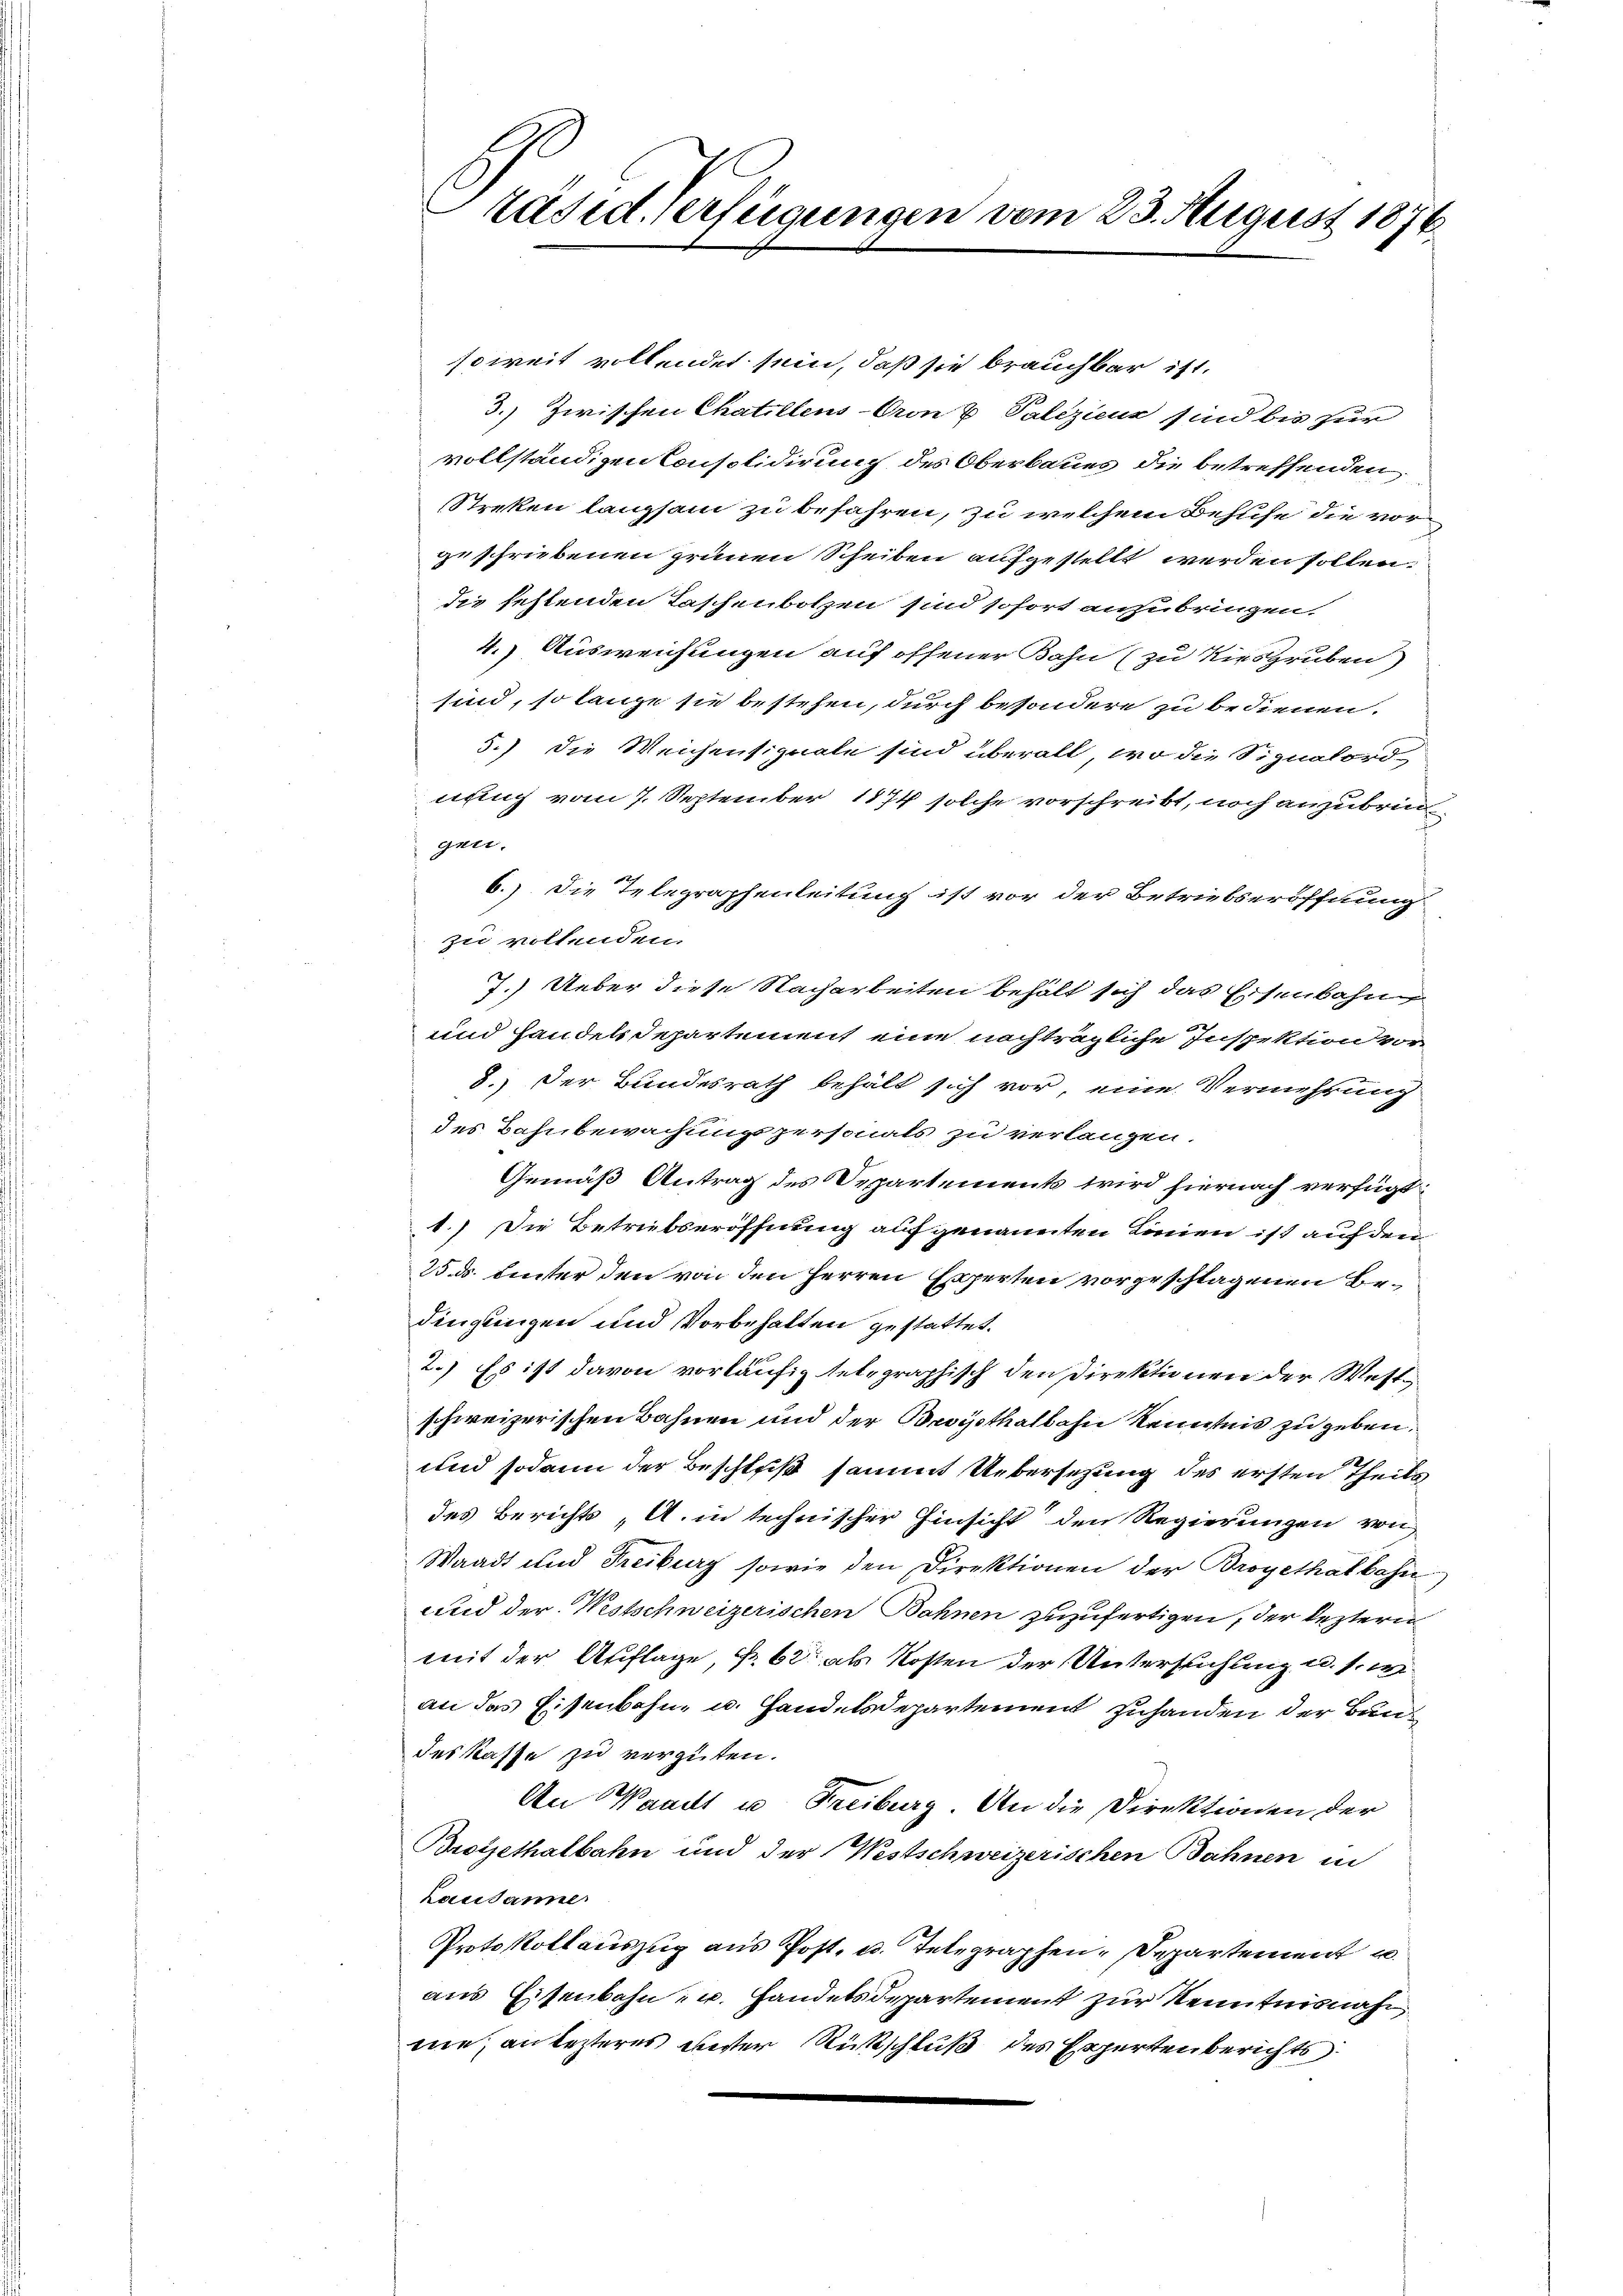
räsid. Verfügungen vom 23. August 1876

soweit vollendet sein, daß sie brauchbar ist.
3.) Zwischen Chatillens Cron v. Palizienz sind bis zur
vollständigen Consolidirung des Oberbaues die betreffenden
Streken langsam zu befahren, zu welchem Behufe die vorgeschriebenen grünen Scheiben aufgestellt werden sollen:
die fehlenden Taschenbotzen sind sofort anzubringen.
4.) Ausweichungen auf offener Bahn (zu Kiesgruben)
sind, so lange sie bestehen, durch besondere zu bedienen.
5.) Die Weichensignale sind überall, wo die Signalord-
nung vom 7. September 1874 solche vorschreibt, noch anzubringer.
6.) Die Telegraphenleitung ist vor der Betriebseröffnung
zu vollenden
7.) Ueber diese Nacharbeiten behält sich das Eisenbahn
und handels Departement eine nachträgliche Inspektion vor¬
8.) Der Bundesrath behält sich vor, eine Vermehrung
des Bahnbewachungspersonals zu verlangen.
Gemäß Antrag des Departements wird hiernach verfügt:
1.) Die Betriebseröffnung auf genannten Linien ist auf den
25. ds. hinter den von den Herren Experten vorgeschlagenen Bedingungen und Vorbehalten gestattet.
2.) Es ist davon vorläufig telegraphisch den Direktionen der Westh
schweizerischen Bahnen und der Brogothalbahn Kenntnis zu geben.
p
und sodann der Beschluß sammt Uebersetzung des ersten Theils
des Berichts A. in technischer Hinsicht den Regierungen von
Waadt und Freiburg sowie den Direktionen der Broyethalbahn
und der Westschweizerischen Bahnen zuzufertigen, der lezteren
mit der Auflage, N. 62 als Kosten der Untersuchung u. s. w
an das Eisenbahn- u. Handelsdepartement zuhanden der Bundes Kasse zu vergüten.
An Waadt u Freiburg. An die Direktionen der
Brötjethalbahn und der Westschweizerischen Bahnen in
Lausanne
Protokollauszug aus Post- u. Telegraphen-Departement u.
aus Eisenbahn- u. Handelsdepartement zur Kenntnisnahm
me, an lezteres unster Rückschluß des Expertenberichts